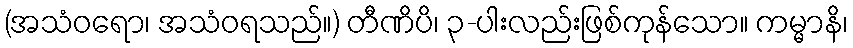
(အသံဝရော၊ အသံဝရသည်။) တီဏိပိ၊ ၃-ပါးလည်းဖြစ်ကုန်သော။ ကမ္မာနိ၊